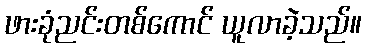
ဖားခုံညင်းတစ်ကောင် ယူလာခဲ့သည်။